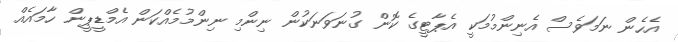
އެހެން ނަމަވެސް އެނިންމުމަކީ އެޕާޓީގެ ކޮން ގުނަވަނަކުން ނިންމި ނިންމުމެއްކަން އެމްޑީޕީން ހާމައެއް